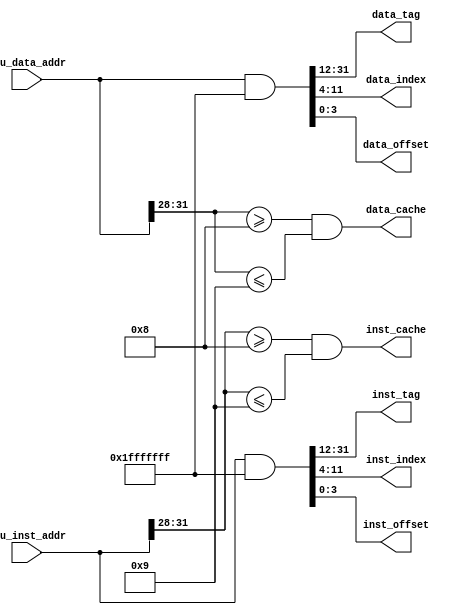
`timescale 1ns / 1ps
//////////////////////////////////////////////////////////////////////////////////
// Company: 
// Engineer: 
// 
// Design Name: 
// Module Name: MMU
// Project Name: 
// Target Devices: 
// Tool Versions: 
// Description: 
// 
// Dependencies: 
// 
// Revision:
// Revision 0.01 - File Created
// Additional Comments:
// 
//////////////////////////////////////////////////////////////////////////////////


module MMU(
    input  [31: 0] cpu_inst_addr,	
    output [31:12] inst_tag,		
    output [11: 4] inst_index,		
    output [ 3: 0] inst_offset, 	
    output         inst_cache,		
    input  [31: 0] cpu_data_addr,	
    output [31:12] data_tag,		
    output [11: 4] data_index,		
    output [ 3: 0] data_offset, 	
    output         data_cache		
);

    assign inst_cache = cpu_inst_addr[31:28] >= 4'b1000 && cpu_inst_addr[31:28] <= 4'b1001;
    assign data_cache = cpu_data_addr[31:28] >= 4'b1000 && cpu_data_addr[31:28] <= 4'b1001;

    wire [31:0] phs_inst_addr = cpu_inst_addr & 32'h1fffffff;
    wire [31:0] phs_data_addr = cpu_data_addr & 32'h1fffffff;

    assign inst_tag    = phs_inst_addr[31:12];
    assign inst_index  = phs_inst_addr[11: 4];
    assign inst_offset = phs_inst_addr[ 3: 0];

    assign data_tag    = phs_data_addr[31:12];
    assign data_index  = phs_data_addr[11: 4];
    assign data_offset = phs_data_addr[ 3: 0]; 
endmodule